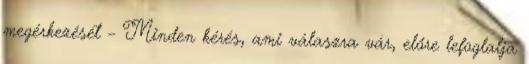
megérkezését – Minden kérés, ami válaszra vár, előre lefoglalja